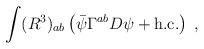
LaTeX: \begin{align*}\int (R^{3})_{ab}\left( \bar{\psi}\Gamma ^{ab}D\psi +\mbox{h.c.}\right) \;,\end{align*}